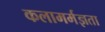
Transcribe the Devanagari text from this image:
कलामर्मज्ञता